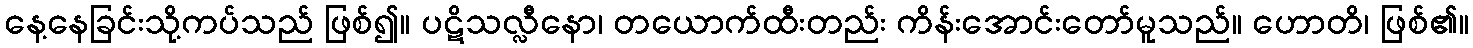
နေ့နေခြင်းသို့ကပ်သည် ဖြစ်၍။ ပဋိသလ္လီနော၊ တယောက်ထီးတည်း ကိန်းအောင်းတော်မူသည်။ ဟောတိ၊ ဖြစ်၏။